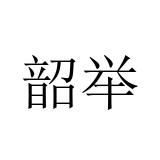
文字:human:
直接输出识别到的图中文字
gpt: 韶举